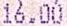
16.00